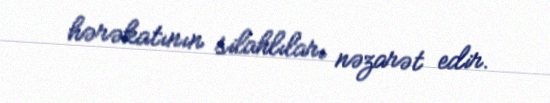
hərəkatının silahlıları nəzarət edir.